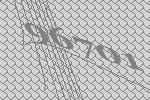
96701